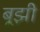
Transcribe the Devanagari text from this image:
बूझी